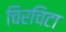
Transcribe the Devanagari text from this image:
चिरचिटा